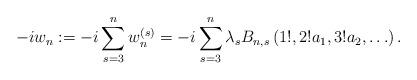
LaTeX: \begin{align*}-i w_n &:= -i\sum_{s=3}^n w_n^{(s)} = -i \sum_{s=3}^n \lambda_s B_{n,s} \left( 1! , 2! a_1, 3! a_2, \ldots \right) .\end{align*}